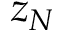
z _ { N }